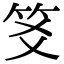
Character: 笅